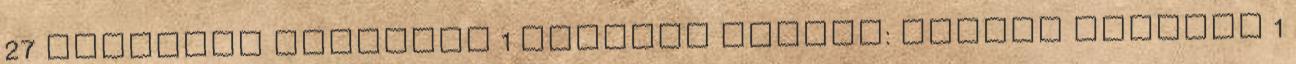
27 Esztelen szerelem 1 Eszteró István: Múzsák ajándék 1